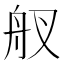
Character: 䑡